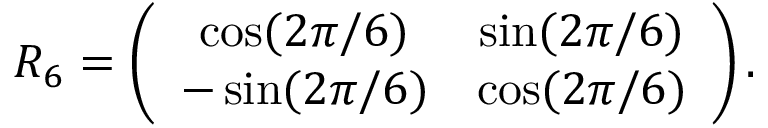
R _ { 6 } = \left( \begin{array} { c c } { \cos ( 2 \pi / 6 ) } & { \sin ( 2 \pi / 6 ) } \\ { - \sin ( 2 \pi / 6 ) } & { \cos ( 2 \pi / 6 ) } \end{array} \right) .